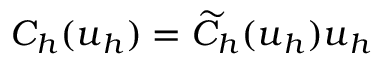
C _ { h } ( \boldsymbol { u } _ { h } ) = \widetilde { C } _ { h } ( \boldsymbol { u } _ { h } ) \boldsymbol { u } _ { h }